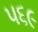
૫૬૯